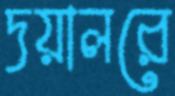
দয়ালরে